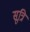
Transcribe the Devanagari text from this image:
सूत्रि